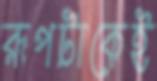
রূপটাকেই